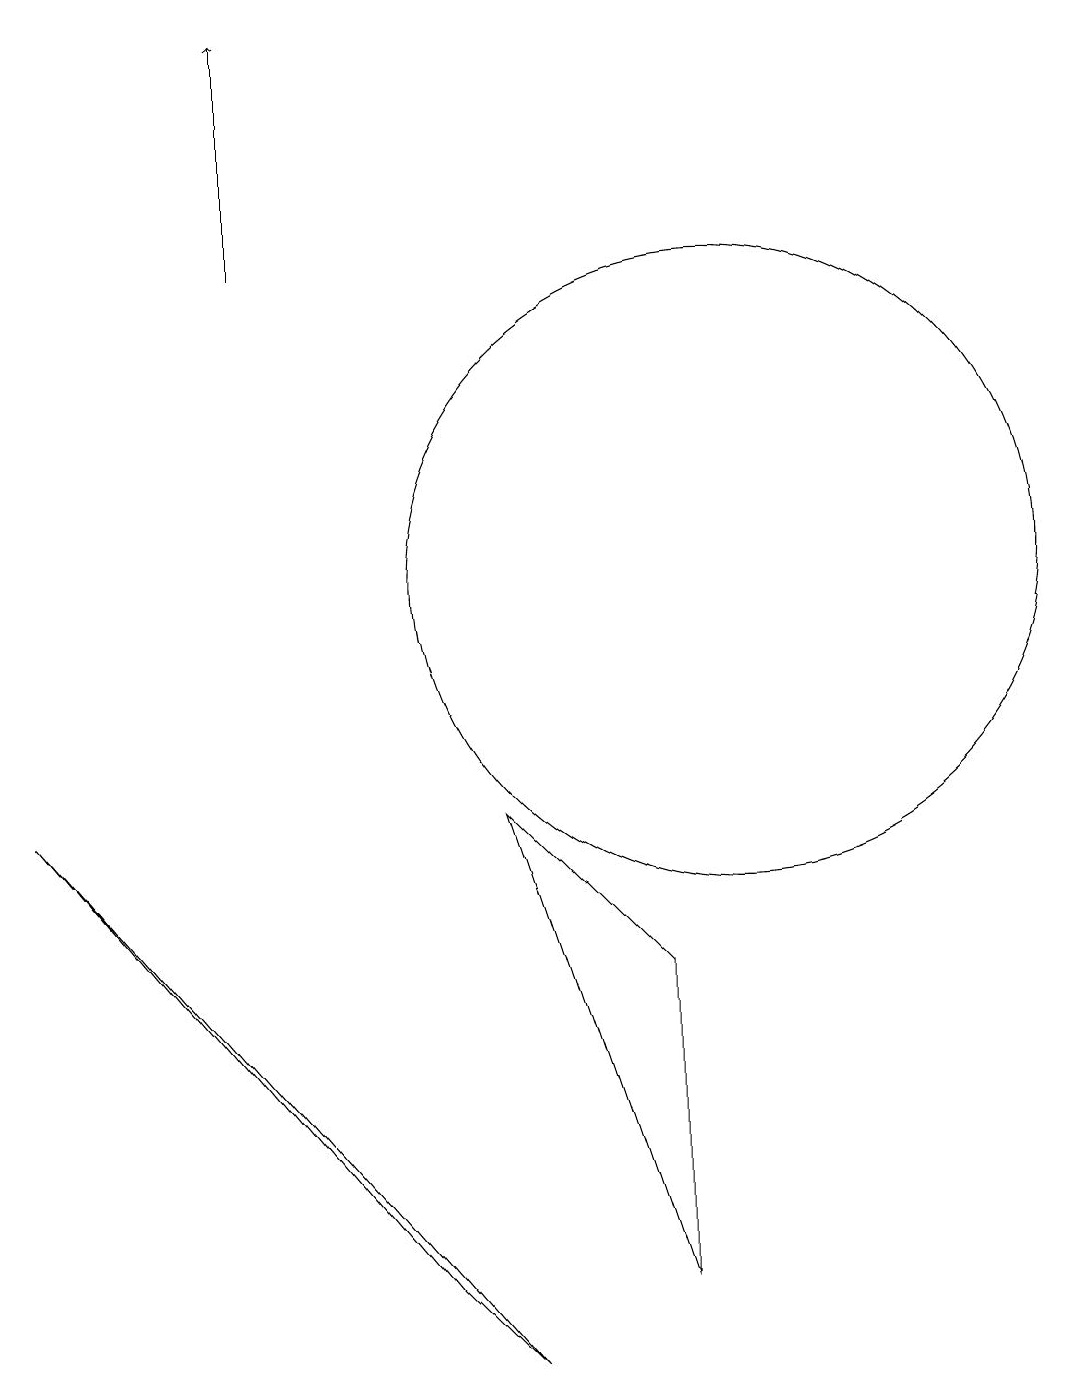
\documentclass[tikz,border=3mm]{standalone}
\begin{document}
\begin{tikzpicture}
\draw (7,1) -- (1,8) -- (6,2) -- cycle;
\draw (9,6) -- (7,8) -- (9,2) -- cycle;
\draw[->] (4,15) -- (4,18);
\draw (10,11) circle (4);
\draw (10,12) circle (0);
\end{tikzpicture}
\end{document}